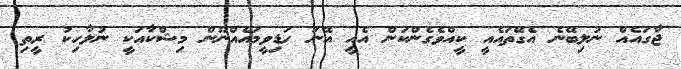
ޖާގައެއް ނުލިބޭނެ އެގޭތައެއީ ކީއްވެގެންކަން އެއީ އޭނަ ހަޑިވީމައެއްނޫން މިޝްކާއަކީ ނުލާހިކު ރީތި